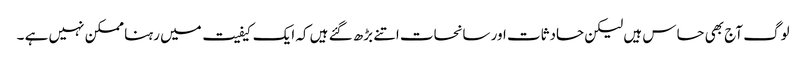
لوگ آج بھی حساس ہیں لیکن حادثات اور سانحات اتنے بڑھ گئے ہیں کہ ایک کیفیت میں رہنا ممکن نہیں ہے ۔